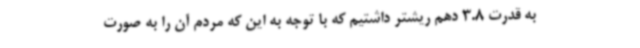
به قدرت 3.8 دهم ریشتر داشتیم که با توجه به این که مردم آن را به صورت